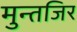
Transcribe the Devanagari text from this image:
मुन्तजिर